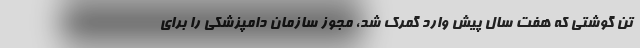
تن گوشتی که هفت سال پیش وارد گمرک شد، مجوز سازمان دامپزشکی را برای